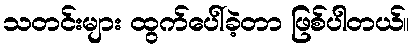
သတင်းများ ထွက်ပေါ်ခဲ့တာ ဖြစ်ပါတယ်။